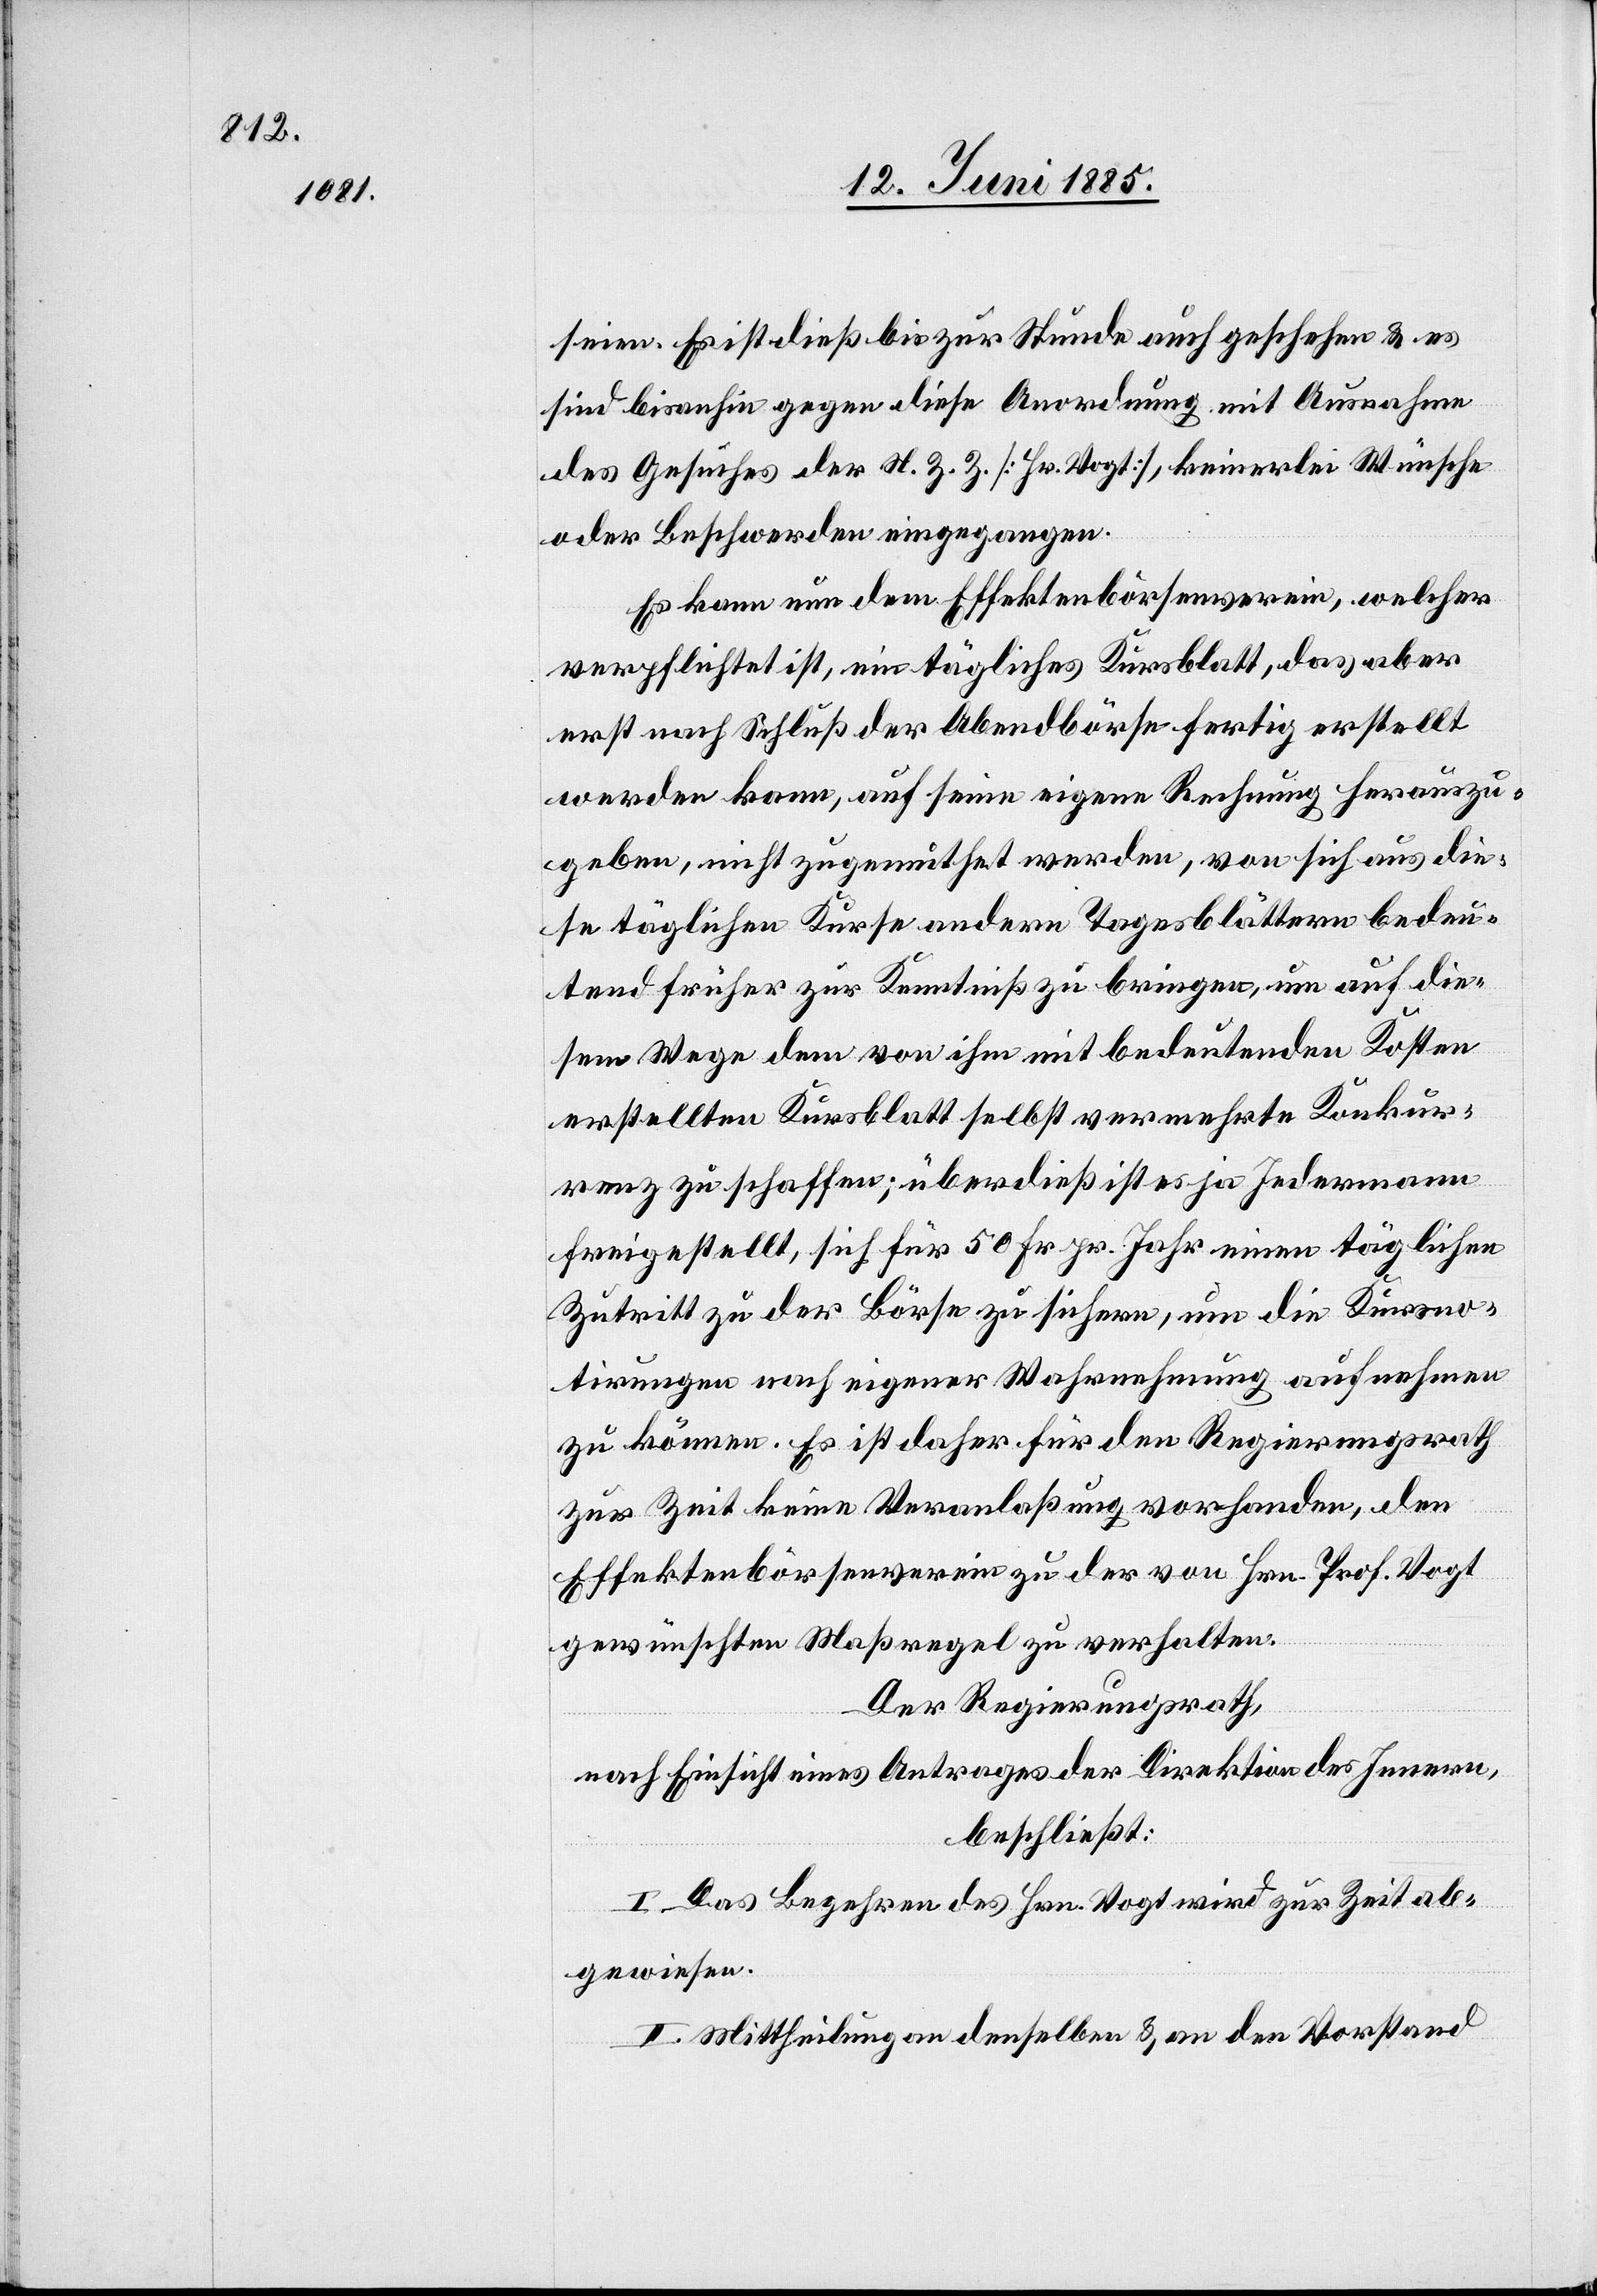
seien. Es ist dieß bis zur Stunde auch geschehen & es
sind bis anhin gegen diese Anordnung mit Ausnahme
des Gesuches der N. Z. Z. [Hr. Vogt], keinerlei Wünsche
oder Beschwerden eingegangen.
Es kann nun dem Effektenbörsenverein, welcher
verpflichtet ist, ein tägliches Kursblatt, das aber
erst nach Schluß der Abendbörse fertig erstellt
werden kann, auf seine eigene Rechnung herauszu¬
geben, nicht zugemuthet werden, von sich aus die¬
se täglichen Kurse andern Tagesblättern bedeu¬
tend früher zur Kenntniß zu bringen, um auf die¬
sem Wege dem von ihm mit bedeutenden Kosten
erstellten Kursblatt selbst vermehrte Konkur¬
renz zu schaffen; überdieß ist es ja Jedermann
freigestellt, sich für 50 Fr. pr. Jahr einen täglichen
Zutritt zu der Börse zu sichern, um die Kursno¬
tirungen nach eigener Wahrnehmung aufnehmen
zu können. Es ist daher für den Regierungsrath
zur Zeit keine Veranlaßung vorhanden, den
Effektenbörsenverein zu der von Hrn. Prof. Vogt
gewünschten Maßregel zu verhalten.
Der Regierungsrath,
nach Einsicht eines Antrages der Direktion des Innern,
beschließt:
I. Das Begehren des Hrn. Vogt wird zur Zeit ab¬
gewiesen.
II. Mittheilung an denselben & an den Vorstand